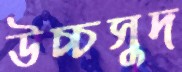
উচ্চসুদ